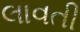
લાવતી